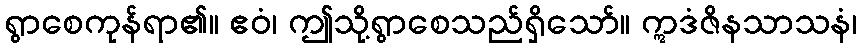
ရွာစေကုန်ရာ၏။ ဧဝံ၊ ဤသို့ရွာစေသည်ရှိသော်။ ဣဒံဇိနသာသနံ၊